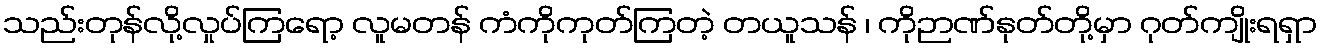
သည်းတုန်လို့လှုပ်ကြရော့ လူမတန် ကံကိုကုတ်ကြတဲ့ တယူသန် ၊ ကိုဉာဏ်နုတ်တို့မှာ ဂုတ်ကျိုးရရှာ